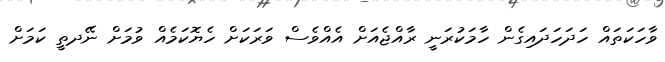
ވާހަކަތައް ހަދަހަދައިގެން ހާމަކުރަނީ ރާއްޖެއަށް އެއްވެސް ވަރަކަށް ހެޔޮކަމެއް ވުމަށް ނޭދތީ ކަމަށް